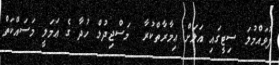
ފުވައްމުލަ ސިޓީގައި އަލަށް ޢިމާރާތްކުރާ  މަސްޖިދުލް ހުދާ ގެ ޢަމަލީ މަސައްކަތް